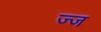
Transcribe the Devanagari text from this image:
ज्ज